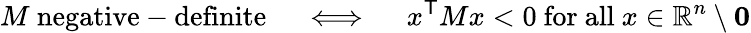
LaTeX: M{\mathrm{~negative-definite}}\quad\iff\quad x^{\textsf{T}}Mx<0{\mathrm{~for~all~}}x\in\mathbb{R}^{n}\setminus\mathbf{0}